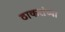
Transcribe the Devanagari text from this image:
ठाकरांच्या